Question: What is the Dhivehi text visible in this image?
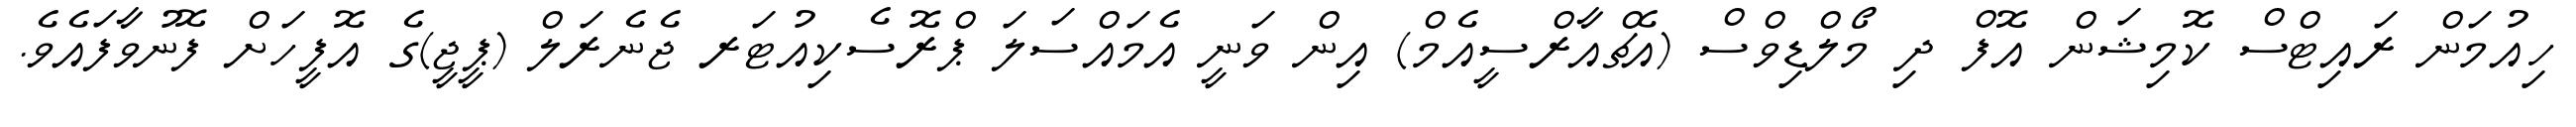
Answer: ހިއުމަން ރައިޓްސް ކޮމިޝަން އޮފް ދި މޯލްޑިވްސް (އެޗްއާރްސީއެމް) އިން ވަނީ އެމައްސަލަ ޕްރޮސެކިއުޓަރ ޖެނެރަލް (ޕީޖީ)ގެ އޮފީހަށް ފޮނުވާފައެވެ.